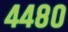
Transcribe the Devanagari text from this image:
४४८०